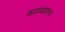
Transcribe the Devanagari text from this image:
काव्‍यशास्‍त्र